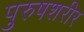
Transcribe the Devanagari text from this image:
पुरुषशरीर